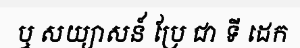
ឬ សយ្យាសន៍ ប្រែ ជា ទី ដេក